system: You are a helpful assistant.
user:
Analyze the provided spectrum to determine if it is a **Carbon Star (C-type)**.

- **Key Visual Indicators of Carbon Star:**
    - **(Primary):** Strong molecular absorption from **C₂ (diatomic carbon) "Swan Bands."** This is the **defining feature** of a carbon star.
        - **(Key Bandheads):** Sharp absorption edges are visible at approximately $5635$ Å, $5165$ Å (the strongest band), and $4737$ Å.
        - **(Line Profile):** Creates a distinct **"saw-tooth"** pattern. The key morphology is a sharp, steep bandhead on the **red (long-wavelength) side**, which then gradually tapers off (i.e., flux recovers) towards the **blue (short-wavelength) side**. *(This is the direct opposite of the TiO bands seen in M-type stars)*.

    - **(Secondary):** Intense **CN (cyanogen)** molecular absorption bands.
        - **(Key Bandheads):** Located in the blue and violet regions of the spectrum (e.g., near $4215$ Å and $3883$ Å).
        - **(Morphology):** These bands are extremely broad and act as a "blanket," absorbing the vast majority of blue and violet light. This creates a characteristic **"cliff"** or **"steep drop-off"** in the spectrum's flux at short wavelengths.

    - **(Key Confirmation):** Strong **CH absorption band (G-band)**.
        - **(Key Bandhead):** Located around $4300$ Å. The contribution from CH molecules to this band is exceptionally strong.

    - **(Overall Spectrum):**
        - The continuum is severely "chopped up" by these deep molecular bands, especially C₂, rather than appearing as a smooth curve.
        - Due to the heavy CN and C₂ absorption in the blue-green, the vast majority of the star's flux is concentrated in the red part of the spectrum, giving the star its characteristic deep red color.

Think first, call **spectral_visualization_tool** if needed to examine features in detail, then provide your final answer. Your response must adhere to the following strict rules:
1.  **Overall Structure:** Your response must follow the format `<think>...</think> <tool_call>...</tool_call> (if a tool is used) <answer>...</answer>`.
2.  **Tool Usage Constraint:** You may only make **one** tool call per turn.
3.  **Final Answer Format:** In the `<answer>` tag, your conclusion must be inside a `\boxed{}` command (e.g., `\boxed{YES}`), followed by your justification.

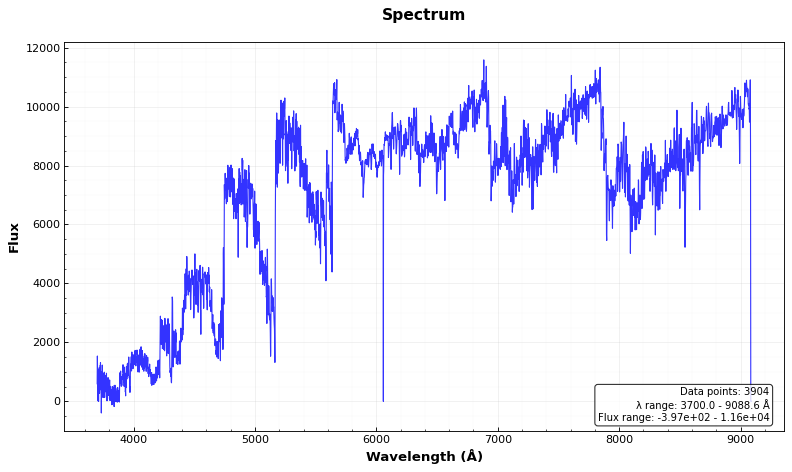
Answer: YES